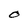
Character: O